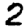
Digit: 2